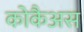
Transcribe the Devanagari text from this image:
कोकैअस